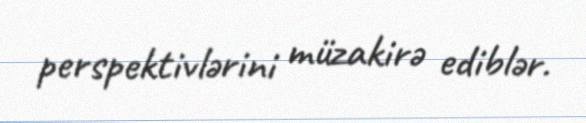
perspektivlərini müzakirə ediblər.